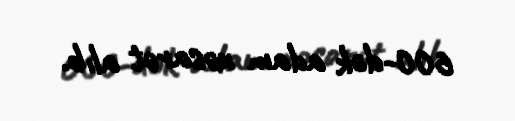
600-dək adam xəsarət alıb.